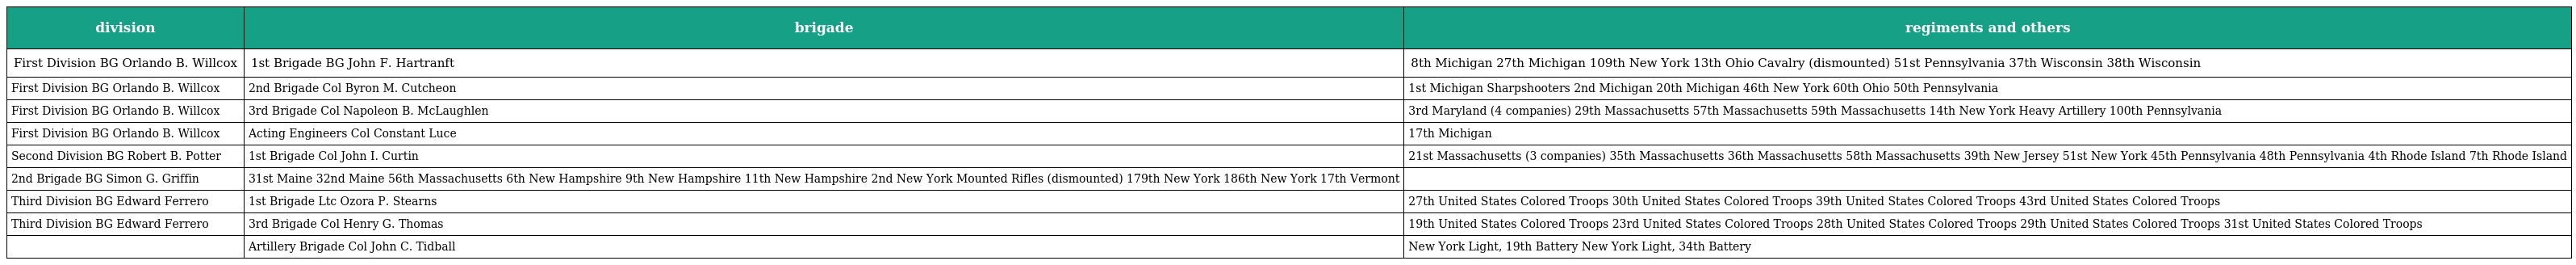
| division | brigade | regiments and others |
 | --- | --- | --- |
 | First Division BG Orlando B. Willcox | 1st Brigade BG John F. Hartranft | 8th Michigan 27th Michigan 109th New York 13th Ohio Cavalry (dismounted) 51st Pennsylvania 37th Wisconsin 38th Wisconsin |
 | First Division BG Orlando B. Willcox | 2nd Brigade Col Byron M. Cutcheon | 1st Michigan Sharpshooters 2nd Michigan 20th Michigan 46th New York 60th Ohio 50th Pennsylvania |
 | First Division BG Orlando B. Willcox | 3rd Brigade Col Napoleon B. McLaughlen | 3rd Maryland (4 companies) 29th Massachusetts 57th Massachusetts 59th Massachusetts 14th New York Heavy Artillery 100th Pennsylvania |
 | First Division BG Orlando B. Willcox | Acting Engineers Col Constant Luce | 17th Michigan |
 | Second Division BG Robert B. Potter | 1st Brigade Col John I. Curtin | 21st Massachusetts (3 companies) 35th Massachusetts 36th Massachusetts 58th Massachusetts 39th New Jersey 51st New York 45th Pennsylvania 48th Pennsylvania 4th Rhode Island 7th Rhode Island |
 | 2nd Brigade BG Simon G. Griffin | 31st Maine 32nd Maine 56th Massachusetts 6th New Hampshire 9th New Hampshire 11th New Hampshire 2nd New York Mounted Rifles (dismounted) 179th New York 186th New York 17th Vermont |  |
 | Third Division BG Edward Ferrero | 1st Brigade Ltc Ozora P. Stearns | 27th United States Colored Troops 30th United States Colored Troops 39th United States Colored Troops 43rd United States Colored Troops |
 | Third Division BG Edward Ferrero | 3rd Brigade Col Henry G. Thomas | 19th United States Colored Troops 23rd United States Colored Troops 28th United States Colored Troops 29th United States Colored Troops 31st United States Colored Troops |
 |  | Artillery Brigade Col John C. Tidball | New York Light, 19th Battery New York Light, 34th Battery |